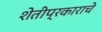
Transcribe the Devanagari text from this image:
शेतीप्रकाराचे